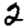
Digit: 2